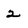
Character: 2